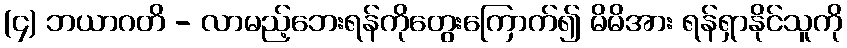
(၄) ဘယာဂတိ - လာမည့်ဘေးရန်ကိုတွေးကြောက်၍ မိမိအား ရန်ရှာနိုင်သူကို